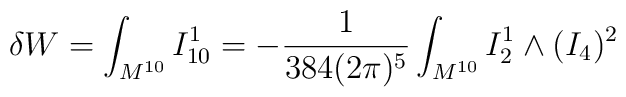
\delta W = \int_{M^{10}} I^1_{10} = - \frac{1}{384(2\pi)^5} \int_{M^{10}} I^1_2 \wedge (I_4)^2